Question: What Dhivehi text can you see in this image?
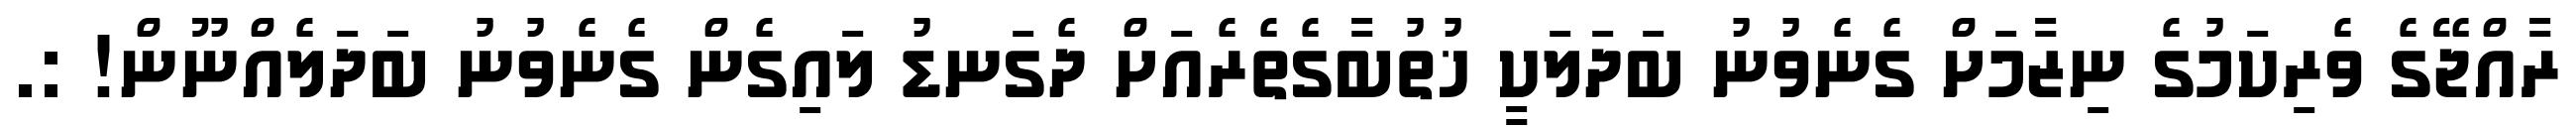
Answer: ރާއްޖޭގެ ވެރިކަމުގެ ނިޒާމަށް ގެނެވުނު ބަދަލަކީ ޚުތުބާގެތެރެއަށް ދެގަނޑު ލައިގެން ގެނެވުނު ބަދަލެއްނޫން! :.